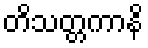
တိသတ္တကာနိ